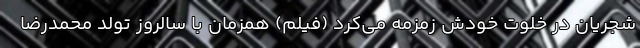
شجریان در خلوت خودش زمزمه می‌کرد (فیلم) همزمان با سالروز تولد محمدرضا